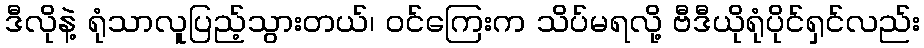
ဒီလိုနဲ့ ရုံသာလူပြည့်သွားတယ်၊ ဝင်ကြေးက သိပ်မရလို့ ဗီဒီယိုရုံပိုင်ရှင်လည်း